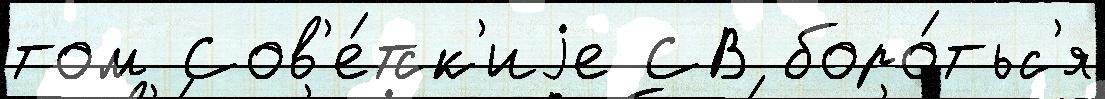
том Сов'е́тск'иjе СВ боро́тьс'я